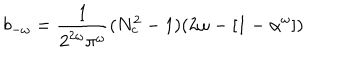
b _ { - \omega } = \frac { 1 } { 2 ^ { 2 \omega } \pi ^ { \omega } } ( N _ { c } ^ { 2 } - 1 ) ( 2 \omega - [ 1 - \alpha ^ { \omega } ] )